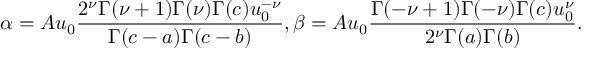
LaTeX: \alpha = A u _ { 0 } { \frac { 2 ^ { \nu } \Gamma ( \nu + 1 ) \Gamma ( \nu ) \Gamma ( c ) u _ { 0 } ^ { - \nu } } { \Gamma ( c - a ) \Gamma ( c - b ) } } , \beta = A u _ { 0 } { \frac { \Gamma ( - \nu + 1 ) \Gamma ( - \nu ) \Gamma ( c ) u _ { 0 } ^ { \nu } } { 2 ^ { \nu } \Gamma ( a ) \Gamma ( b ) } } .